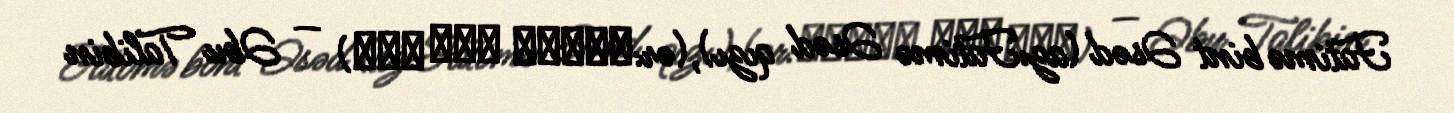
Fatimə bint Əsəd (az:Fatimə Əsəd qızı),(ər:فاطمه بنت اسد) — Əbu Talibin